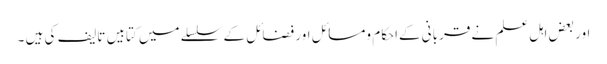
اور بعض اہل علم نے قربانی کےاحکام ومسائل اور فضائل کے سلسلے میں کتابیں تالیف کی ہیں ۔